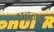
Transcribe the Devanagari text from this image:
पट्टनम